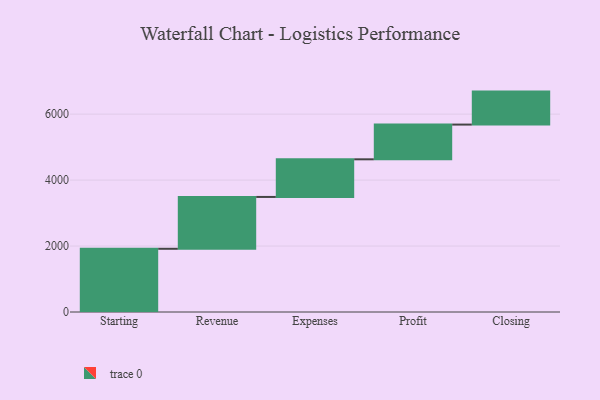
{"axis": {"x": "Step", "y": "Value"}, "legend": [""], "data": [{"x": "Starting", "y": 1917.0, "type": ""}, {"x": "Revenue", "y": 1572.0, "type": ""}, {"x": "Expenses", "y": 1141.0, "type": ""}, {"x": "Profit", "y": 1053.0, "type": ""}, {"x": "Closing", "y": 1000, "type": ""}]}